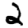
Digit: 2